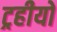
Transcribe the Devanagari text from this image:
ट्रहीयो